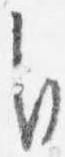
自